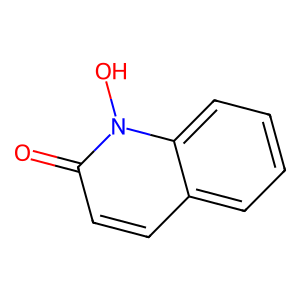
SMILES: O=c1ccc2ccccc2n1O
Inhibits HIV replication: No